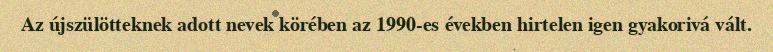
Az újszülötteknek adott nevek körében az 1990-es években hirtelen igen gyakorivá vált.